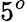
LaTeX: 5^{o}